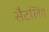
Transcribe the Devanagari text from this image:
सैटलिंग